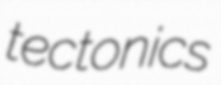
tectonics